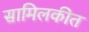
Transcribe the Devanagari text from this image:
सामिलकीत